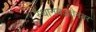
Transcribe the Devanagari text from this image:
स्थानबद्धतेनंतर